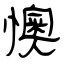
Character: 懊